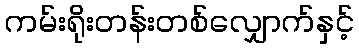
ကမ်းရိုးတန်းတစ်လျှောက်နှင့်